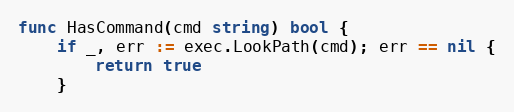
Language: Go
func HasCommand(cmd string) bool {
	if _, err := exec.LookPath(cmd); err == nil {
		return true
	}